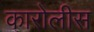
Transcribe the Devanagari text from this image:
कारोलीस